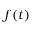
f ( t )